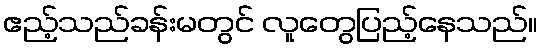
ဧည့်သည်ခန်းမတွင် လူတွေပြည့်နေသည်။